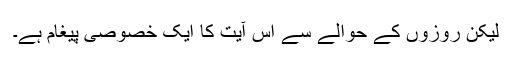
لیکن روزوں کے حوالے سے اس آیت کا ایک خصوصی پیغام ہے۔